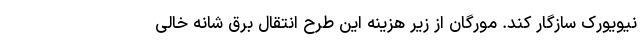
نیویورک سازگار کند. مورگان از زیر هزینه این طرح انتقال برق شانه خالی